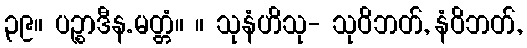
၃၉။ ပဉ္စာဒီန.မတ္တံ။ ။ သုနံဟိသု- သုဝိဘတ်, နံဝိဘတ်,